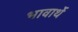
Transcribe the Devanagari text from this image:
भावार्थे